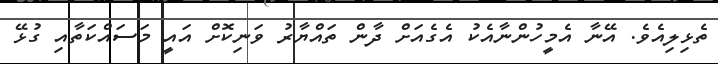
ތެޅިލިއެވެ. އޭނާ އެމީހުންނާއެކު އެގެއަށް ދާން ތައްޔާރު ވަނިކޮށް އައީ މަސައްކަތާއި ގުޅޭ